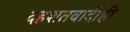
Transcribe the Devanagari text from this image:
दहशतवादीही